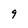
Character: 9